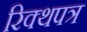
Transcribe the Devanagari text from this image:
रिक्थपत्र